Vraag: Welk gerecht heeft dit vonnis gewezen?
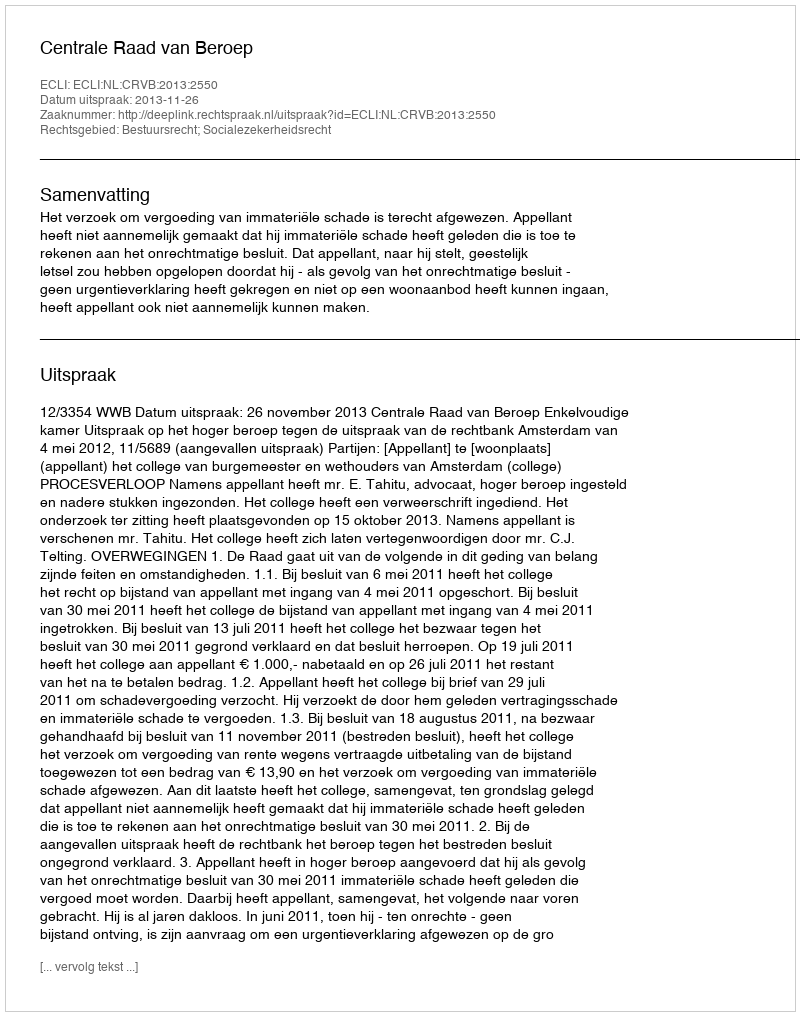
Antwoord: Centrale Raad van Beroep